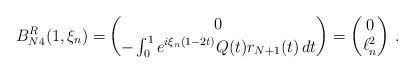
LaTeX: \begin{align*} B_{N4}^R(1,\xi_n)=&\begin{pmatrix}0 \\ -\int_0^1e^{i\xi_n(1-2t)}Q(t)r_{N+1}(t)\,dt\end{pmatrix}=\begin{pmatrix}0\\\ell^2_n \end{pmatrix} \, .\end{align*}